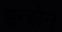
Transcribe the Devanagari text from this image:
इंन्होने